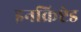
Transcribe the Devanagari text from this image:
इनक्रिप्टेड